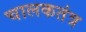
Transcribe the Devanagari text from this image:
चालकतंत्र